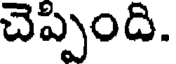
చెప్పింది.